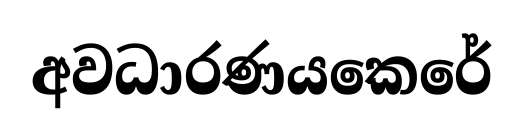
අවධාරණයකෙරේ